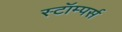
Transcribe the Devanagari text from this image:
स्टॉम्पर्स